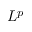
L ^ { p }